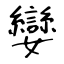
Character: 孌